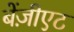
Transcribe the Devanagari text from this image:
बेंज़ीएट